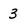
Character: 3